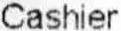
CASHIER